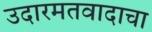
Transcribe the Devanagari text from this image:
उदारमतवादाचा